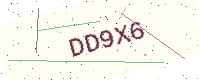
Text: DD9X6